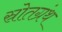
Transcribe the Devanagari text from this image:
स्रोतग्रंथ